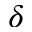
\delta